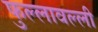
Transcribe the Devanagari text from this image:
फुल्लावल्ली